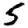
Digit: 5